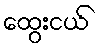
ထွေးငယ်